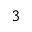
^ 3